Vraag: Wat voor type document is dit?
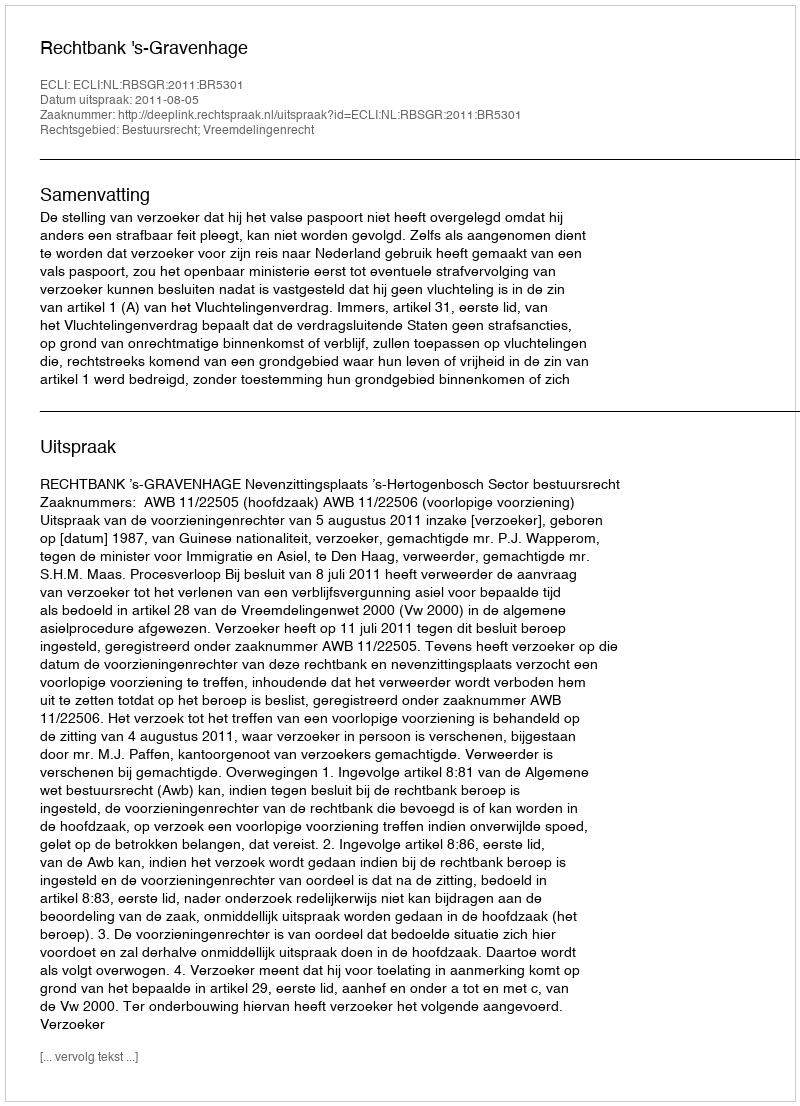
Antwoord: Uitspraak